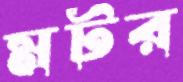
মটর